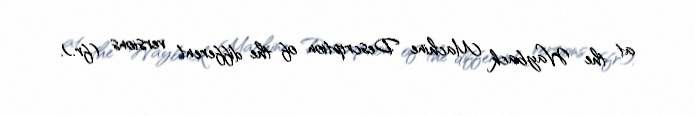
at the Wayback Machine Description of the different versions (fr.).